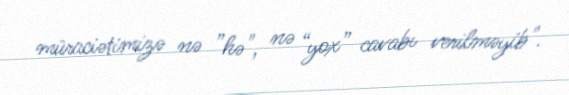
müraciətimizə nə ”hə", nə “yox” cavabı verilməyib".